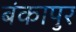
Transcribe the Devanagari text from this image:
बंकापुर